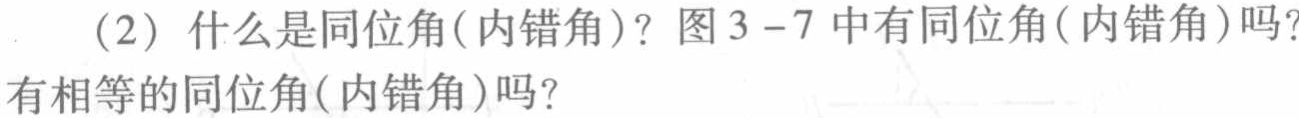
(2) 什么是同位角(内错角)? 图3 -7中有同位角(内错角)吗?有相等的同位角(内错角)吗?